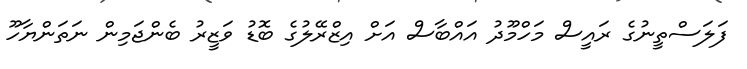
ފަލަސްތީނުގެ ރައީސް މަހްމޫދު އައްބާސް އަށް އިޒްރޭލުގެ ބޮޑު ވަޒީރު ބެންޖަމިން ނަތަންޔާހޫ